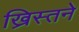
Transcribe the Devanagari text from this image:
ख्रिस्तने